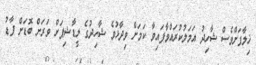
ޚިލާފަށްވެސް ޝާހިދު އަމަލުކުރައްވާފައިވާ ކަމަށް ވިދާޅުވެ ޝާހިދުގެ ލީޑާޝިޕަށް ވަރަށް ބޮޑަށް ފާޑު